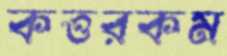
কত্তরকম